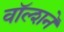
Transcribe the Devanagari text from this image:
वॉल्शने